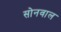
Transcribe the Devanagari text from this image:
सोनवाल